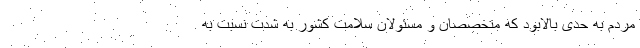
مردم به حدی بالابود که متخصصان و مسئولان سلامت کشور به شدت نسبت به